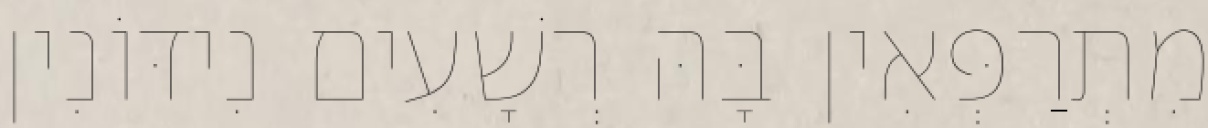
מִתְרַפְּאִין בָּהּ רְשָׁעִים נִידּוֹנִין